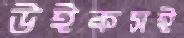
উইকসই